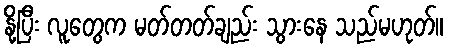
နို့ပြီး လူတွေက မတ်တတ်ချည်း သွားနေ သည်မဟုတ်။